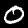
Digit: 0